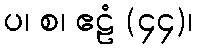
ပ၊ စ၊ ဧဠံ (၄၄)၊